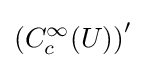
\left(C_{c}^{\infty }(U)\right)^{\prime }